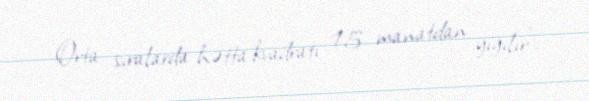
Orta sıralarda hətta kvadratı 15 manatdan yığılır”.